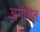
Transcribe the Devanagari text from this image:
अगोरोत